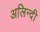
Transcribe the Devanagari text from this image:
अलिन्दी